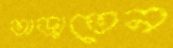
তাড়াতেন